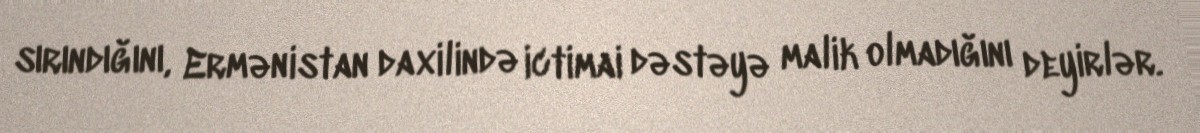
sırındığını, Ermənistan daxilində ictimai dəstəyə malik olmadığını deyirlər.